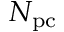
N _ { \mathrm { { p c } } }